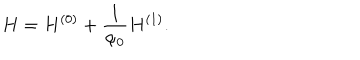
H = H ^ { ( 0 ) } + \frac { 1 } { \alpha _ { 0 } } H ^ { ( 1 ) } .